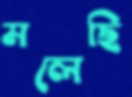
মলেছি